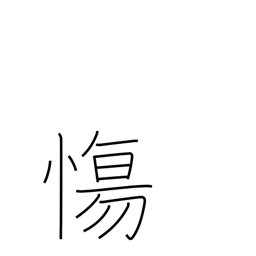
Meaning: be sad